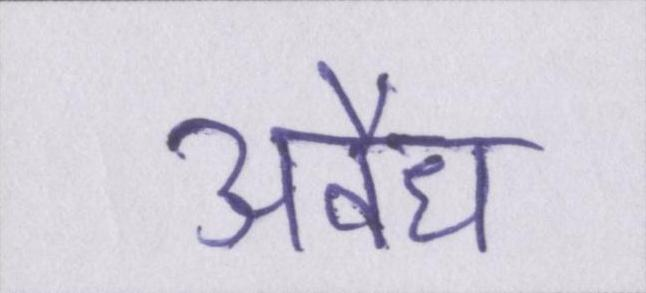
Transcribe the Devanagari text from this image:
अवैध